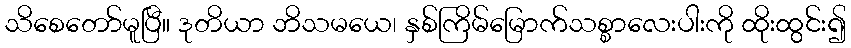
သိစေတော်မူပြီ။ ဒုတိယာ ဘိသမယေ၊ နှစ်ကြိမ်မြောက်သစ္စာလေးပါးကို ထိုးထွင်း၍